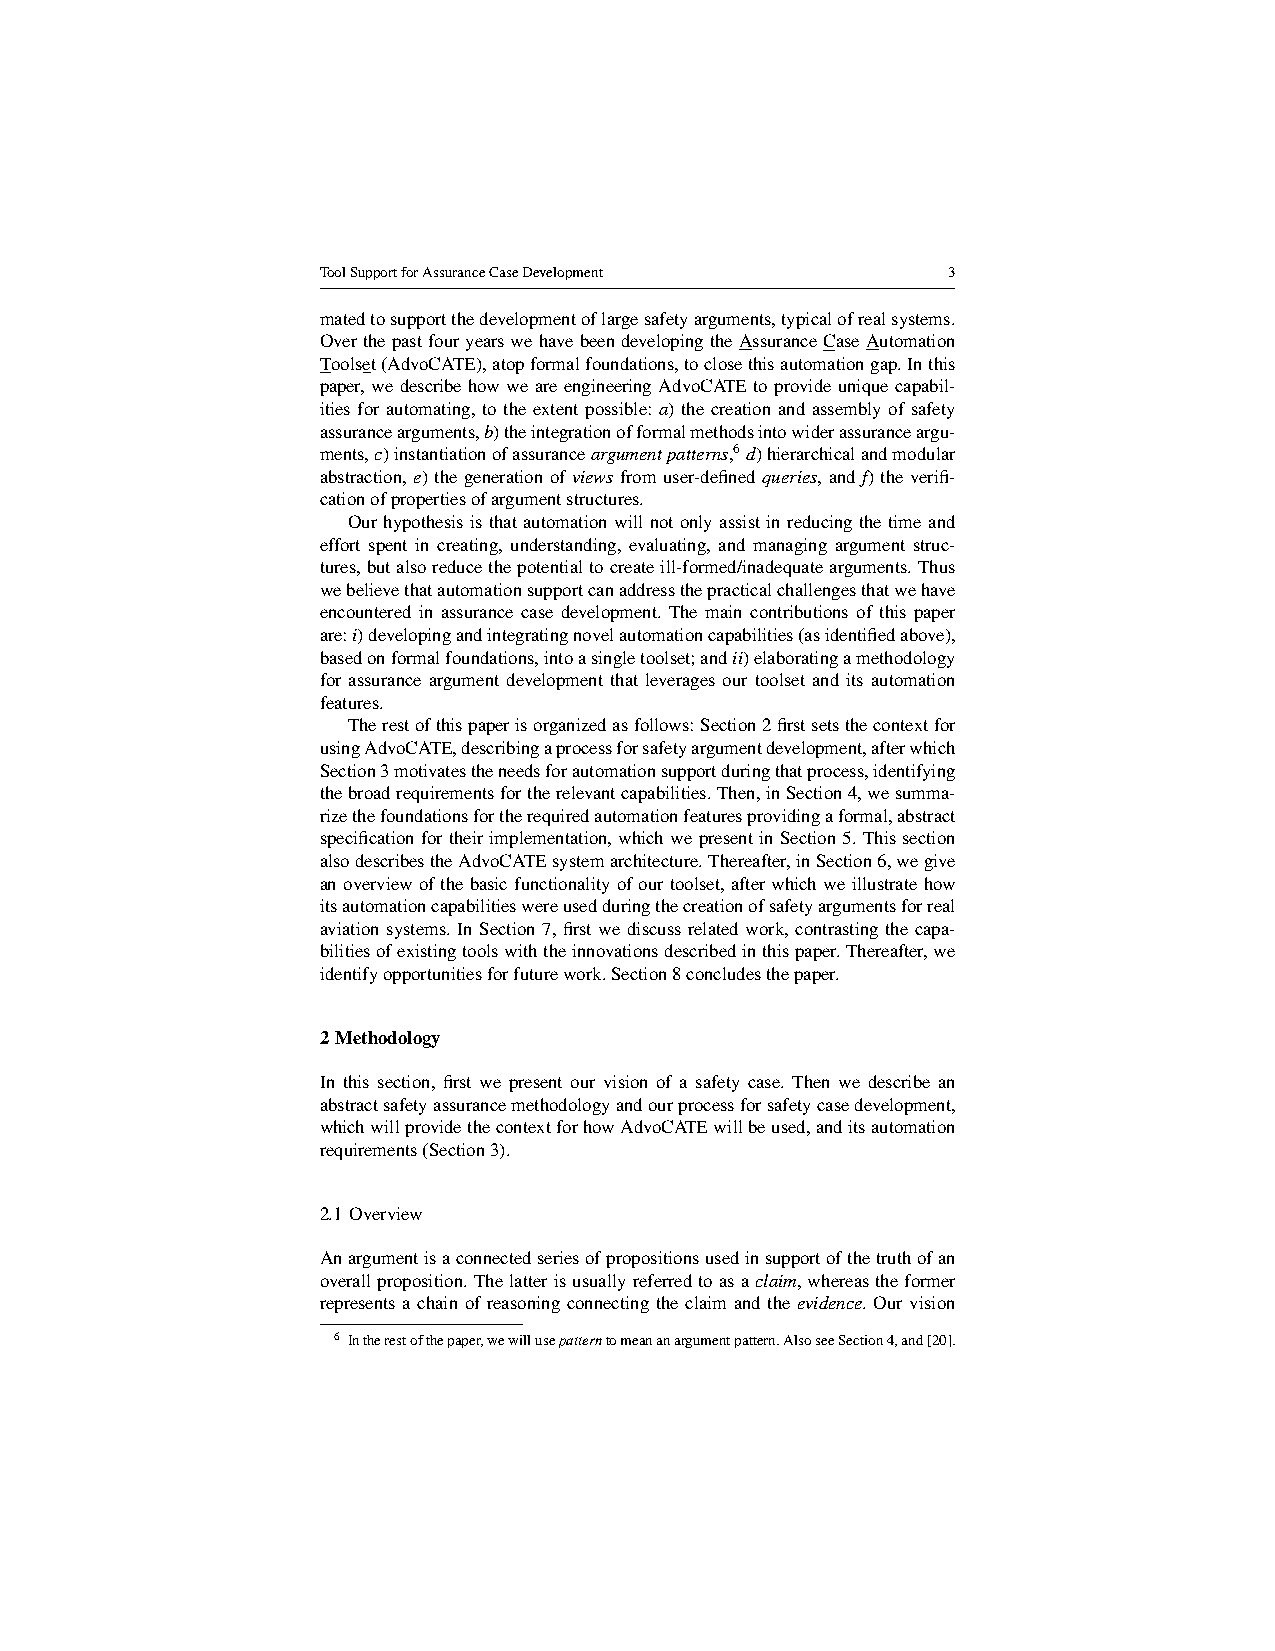
ToolSupportforAssuranceCaseDevelopment    3
 matedtosupportthedevelopmentoflargesafetyarguments,typicalofrealsystems.
 OverthepastfouryearswehavebeendevelopingtheAssuranceCaseAutomation
 Toolset(AdvoCATE),atopformalfoundations,toclosethisautomationgap.Inthis
 paper,wedescribehowweareengineeringAdvoCATEtoprovideuniquecapabil-
 ities for automating, to the extent possible: a) the creation and assembly of safety
 assurancearguments,b)theintegrationofformalmethodsintowiderassuranceargu-
 ments,c)instantiationofassuranceargumentpatterns,6d)hierarchicalandmodular
 abstraction, e) the generation of views from user-defined queries, and f) the verifi-
 cationofpropertiesofargumentstructures.
 Ourhypothesisisthatautomationwillnotonlyassistinreducingthetimeand
 effort spent in creating, understanding, evaluating, and managing argument struc-
 tures,butalsoreducethepotentialtocreateill-formed/inadequatearguments.Thus
 webelievethatautomationsupportcanaddressthepracticalchallengesthatwehave
 encountered in assurance case development. The main contributions of this paper
 are:i)developingandintegratingnovelautomationcapabilities(asidentifiedabove),
 basedonformalfoundations,intoasingletoolset;andii)elaboratingamethodology
 for assurance argument development that leverages our toolset and its automation
 features.
 Therestofthispaperisorganizedasfollows:Section2firstsetsthecontextfor
 usingAdvoCATE,describingaprocessforsafetyargumentdevelopment,afterwhich
 Section3motivatestheneedsforautomationsupportduringthatprocess,identifying
 thebroadrequirementsfortherelevantcapabilities.Then,inSection4,wesumma-
 rizethefoundationsfortherequiredautomationfeaturesprovidingaformal,abstract
 specificationfortheirimplementation,whichwepresentinSection5.Thissection
 alsodescribestheAdvoCATEsystemarchitecture.Thereafter,inSection6,wegive
 anoverviewofthebasicfunctionalityofourtoolset,afterwhichweillustratehow
 itsautomationcapabilitieswereusedduringthecreationofsafetyargumentsforreal
 aviation systems. In Section 7, first we discuss related work, contrasting the capa-
 bilitiesofexistingtoolswiththeinnovationsdescribedinthispaper.Thereafter,we
 identifyopportunitiesforfuturework.Section8concludesthepaper.
 2 Methodology
 In this section, first we present our vision of a safety case. Then we describe an
 abstractsafetyassurancemethodologyandourprocessforsafetycasedevelopment,
 whichwillprovidethecontextforhowAdvoCATEwillbeused,anditsautomation
 requirements(Section3).
 2.1 Overview
 Anargumentisaconnectedseriesofpropositionsusedinsupportofthetruthofan
 overallproposition.Thelatterisusuallyreferredtoasaclaim,whereastheformer
 represents a chain of reasoning connecting the claim and the evidence. Our vision
 6 Intherestofthepaper,wewillusepatterntomeananargumentpattern.AlsoseeSection4,and[20].